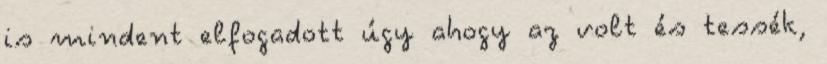
is mindent elfogadott úgy ahogy az volt és tessék,